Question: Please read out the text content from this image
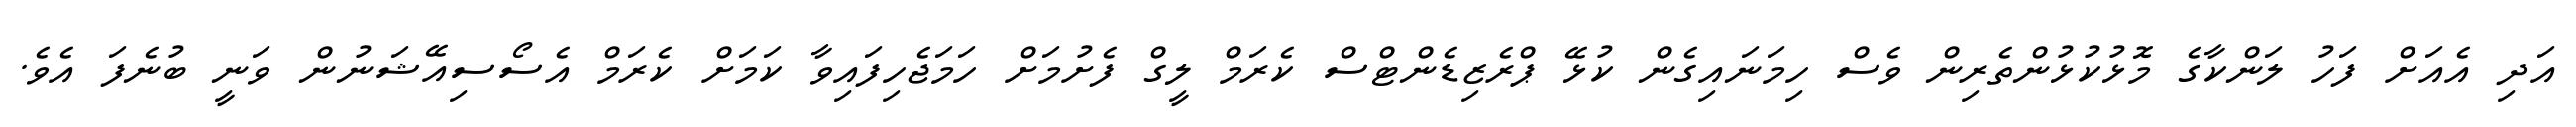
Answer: އަދި އެއަށް ފަހު ލަންކާގެ މޮޅުކުޅުންތެރިން ވެސް ހިމަނައިގެން ކުޅޭ ޕްރެޒިޑެންޓްސް ކެރަމް ލީގް ފެށުމަށް ހަމަޖެހިފައިވާ ކަމަށް ކެރަމް އެސޯސިއޭޝަނުން ވަނީ ބުނެފަ އެވެ.